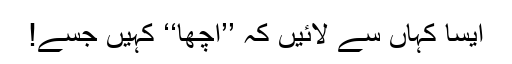
ایسا کہاں سے لائیں کہ ’’اچھا‘‘ کہیں جسے!